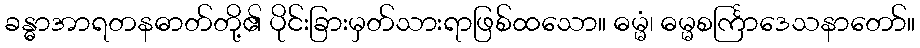
ခန္ဓာအာရတနဓာတ်တို့၏ ပိုင်းခြားမှတ်သားရာဖြစ်ထသော။ ဓမ္မံ၊ ဓမ္မစင်္ကြာဒေသနာတော်။